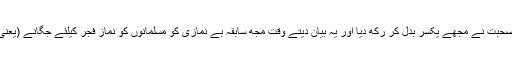
اَلْحَمْدُ لِلّٰہعَزَّوَجَلّ مدنی قافِلے میں عاشقانِ رسول کی صُحبت نے مجھے یکسر بدل کر رکھ دیا اور یہ بیان دیتے وقَت مجھ سابِقہ بے نَمازی کو مسلمانوں کو نَمازِ فَجر کیلئے جگانے (یعنی صدائے مدینہ لگانے) کی ذِمّہ داری ملی ہوئی ہے۔